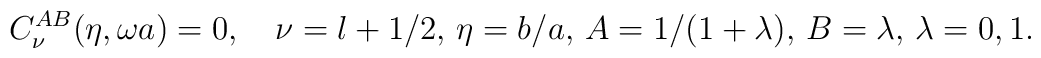
C_\nu ^{AB}(\eta ,\omega a)=0,\quad \nu =l+1/2,\, \eta =b/a,\, A=1/(1+\lambda),\, B=\lambda,\, \lambda =0,1.